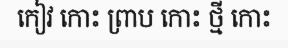
កៀវ កោះ ព្រាប កោះ ថ្មី កោះ